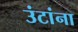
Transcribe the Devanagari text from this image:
उंटांना